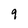
Character: 9